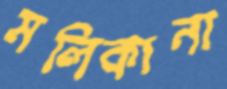
মলিকানা